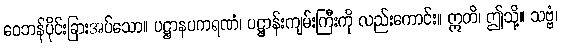
ဝေဘန်ပိုင်းခြားအပ်သော။ ပဋ္ဌာနပကရဏံ၊ ပဋ္ဌာန်းကျမ်းကြီးကို လည်းကောင်း။ ဣတိ၊ ဤသို့။ သဗ္ဗံ၊